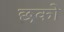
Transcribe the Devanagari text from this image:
छको